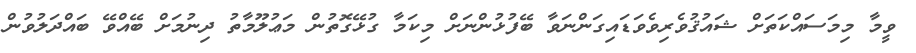
ވީމާ މިމަސައްކަތަށް ޝައުޤުވެރިވެވަޑައިގަންނަވާ ބޭފުޅުންނަށް މިކަމާ ގުޅޭގޮތުން މަޢުލޫމާތު ދިނުމަށް ބޭއްވޭ ބައްދަލުވުން